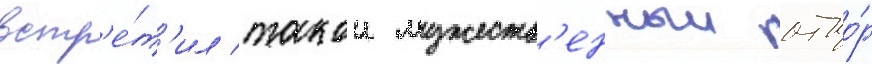
встр'е́т'ил такои мужеств'енныи отпо́р